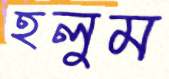
হলুম